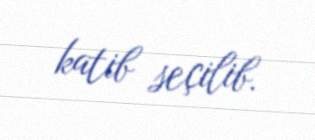
katib seçilib.